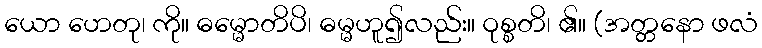
ယော ဟေတု၊ ကို။ ဓမ္မောတိပိ၊ ဓမ္မဟူ၍လည်း။ ဝုစ္စတိ၊ ၏။ (အတ္တနော ဖလံ